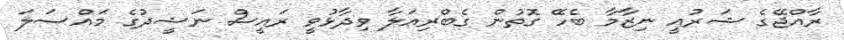
ރާއްޖޭގެ ޝަރުއީ ނިޒާމާ ބެހޭ ގޮތުން ގެބްރިއަލާ ވިދާޅުވީ ރައީސް ނަޝީދުގެ މައްސަލަ